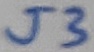
Text: J3